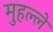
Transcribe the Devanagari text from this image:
मुहल्‍ले